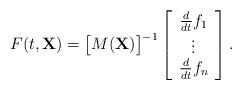
LaTeX: \begin{align*}F(t,\mathbf{X})=\big[M(\mathbf{X})\big]^{-1}\left[\begin{array}{c} \frac{d}{dt}f_1\\ \vdots \\ \frac{d}{dt}f_n\end{array}\right].\end{align*}